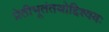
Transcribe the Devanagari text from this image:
प्रेतीभूतंतथोद्दिश्ययः